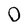
Character: O